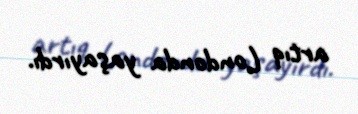
artıq Londonda yaşayırdı.